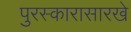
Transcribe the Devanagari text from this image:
पुरस्कारासारखे